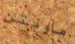
ماونتن